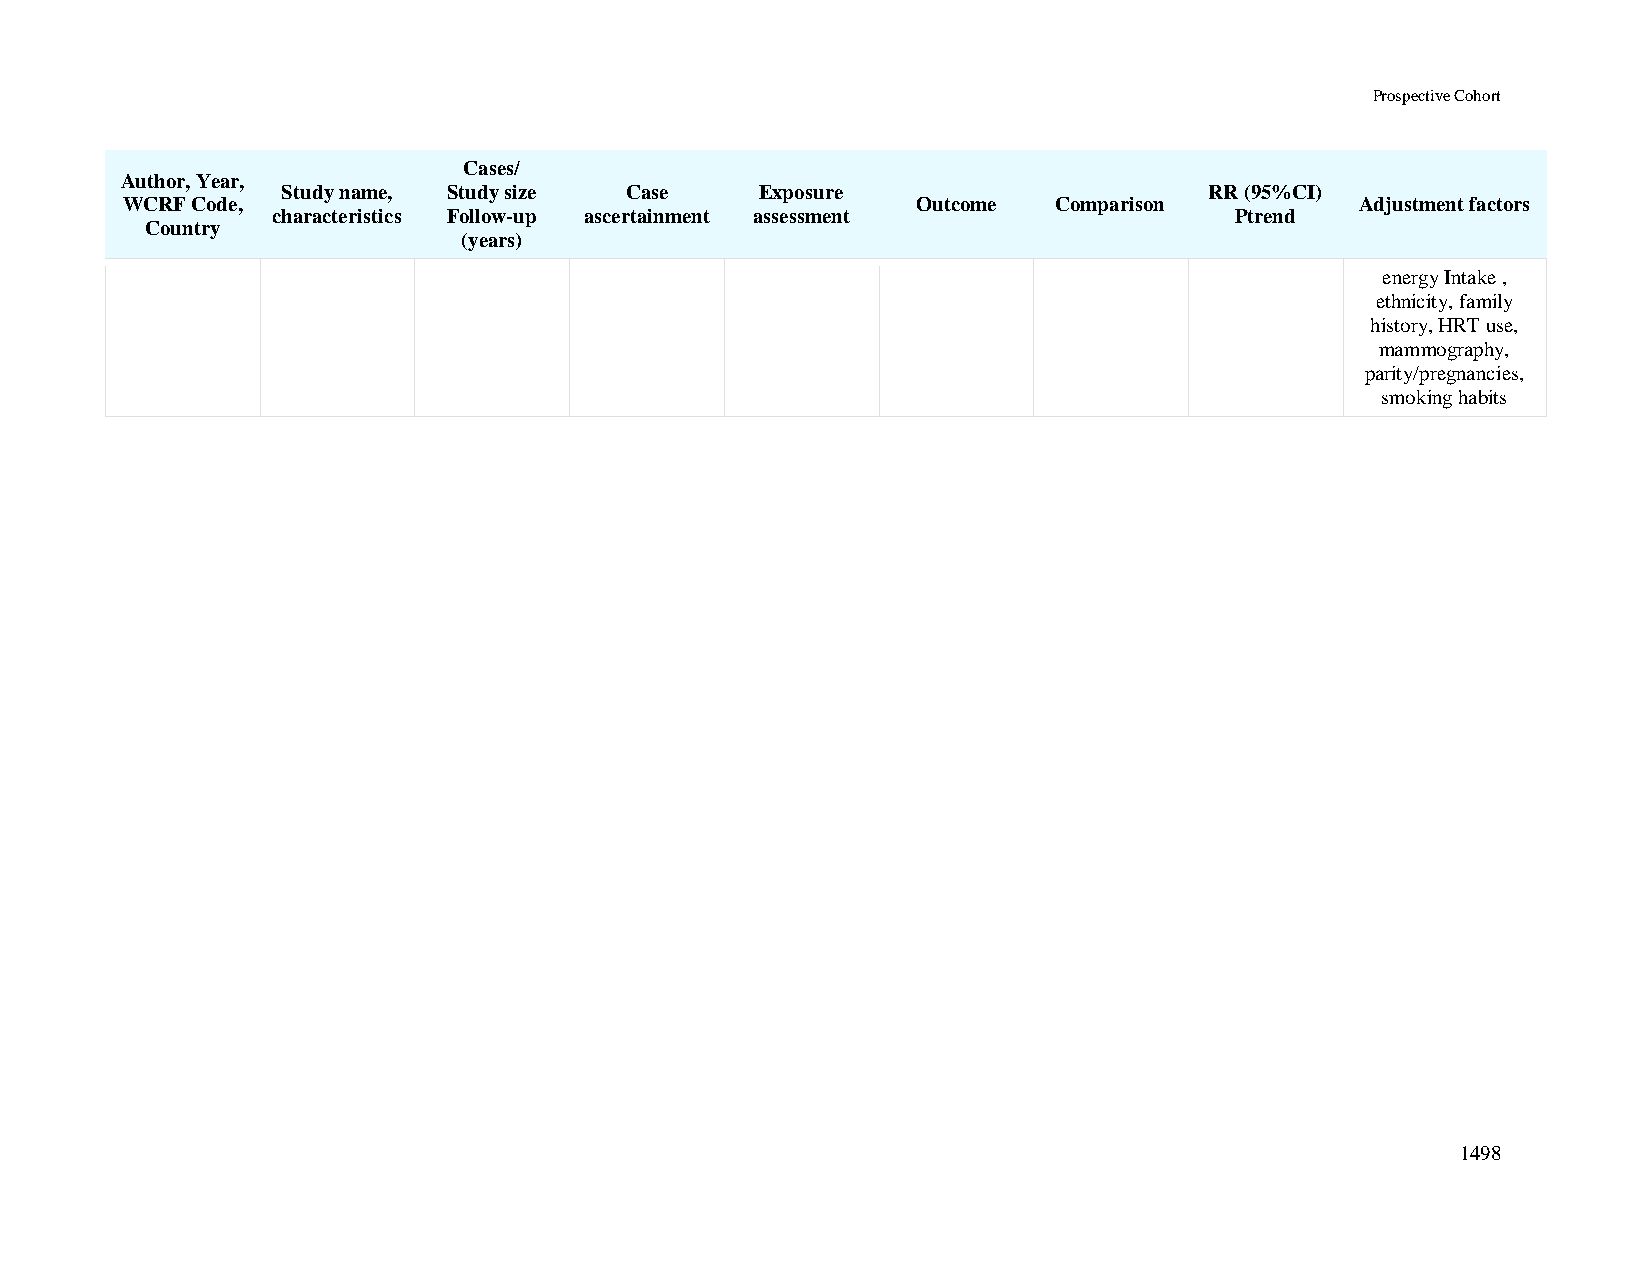
Prospective Cohort
 Cases/
 Author, Year,
 Study name, Study size Case    Exposure                      RR (95%CI)
 WCRF Code,                                           Outcome  Comparison          Adjustment factors
 characteristics Follow-up ascertainment assessment              Ptrend
 Country
 (years)
 energy Intake ,
 ethnicity, family
 history, HRT use,
 mammography,
 parity/pregnancies,
 smoking habits
 1498